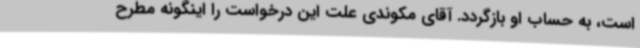
است، به حساب او بازگردد. آقای مکوندی علت این درخواست را اینگونه مطرح